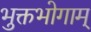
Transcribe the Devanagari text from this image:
भुक्तभोगाम्‌